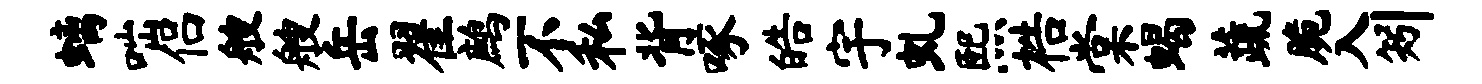
螭咄侣艘艘岳翟鹧不私背啄皓宇虬熙梏棠蝎蔬脆入矧